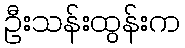
ဦးသန်းထွန်းက